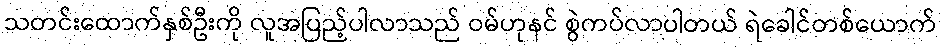
သတင်းထောက်နှစ်ဦးကို လူအပြည့်ပါလာသည် ဝမ်ဟုနင် စွဲကပ်လာပါတယ် ရဲခေါင်တစ်ယောက်